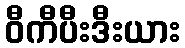
ဝီကီပီးဒီးယား